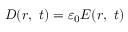
{ \boldsymbol { D } } ( { \boldsymbol { r } } , \ t ) = \varepsilon _ { 0 } { \boldsymbol { E } } ( { \boldsymbol { r } } , \ t )